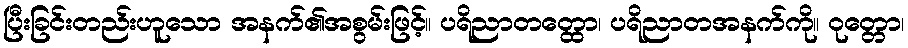
ပြီးခြင်းတည်းဟူသော အနက်၏အစွမ်းဖြင့်။ ပရိညာတတ္ထော၊ ပရိညာတအနက်ကို။ ဝုတ္တော၊